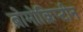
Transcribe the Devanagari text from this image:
ब्रोमोक्रिप्टीन